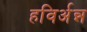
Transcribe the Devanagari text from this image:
हविर्अन्न